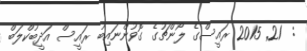
:  21